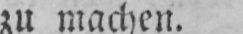
zu machen.